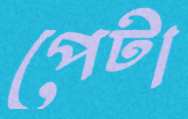
পেটা